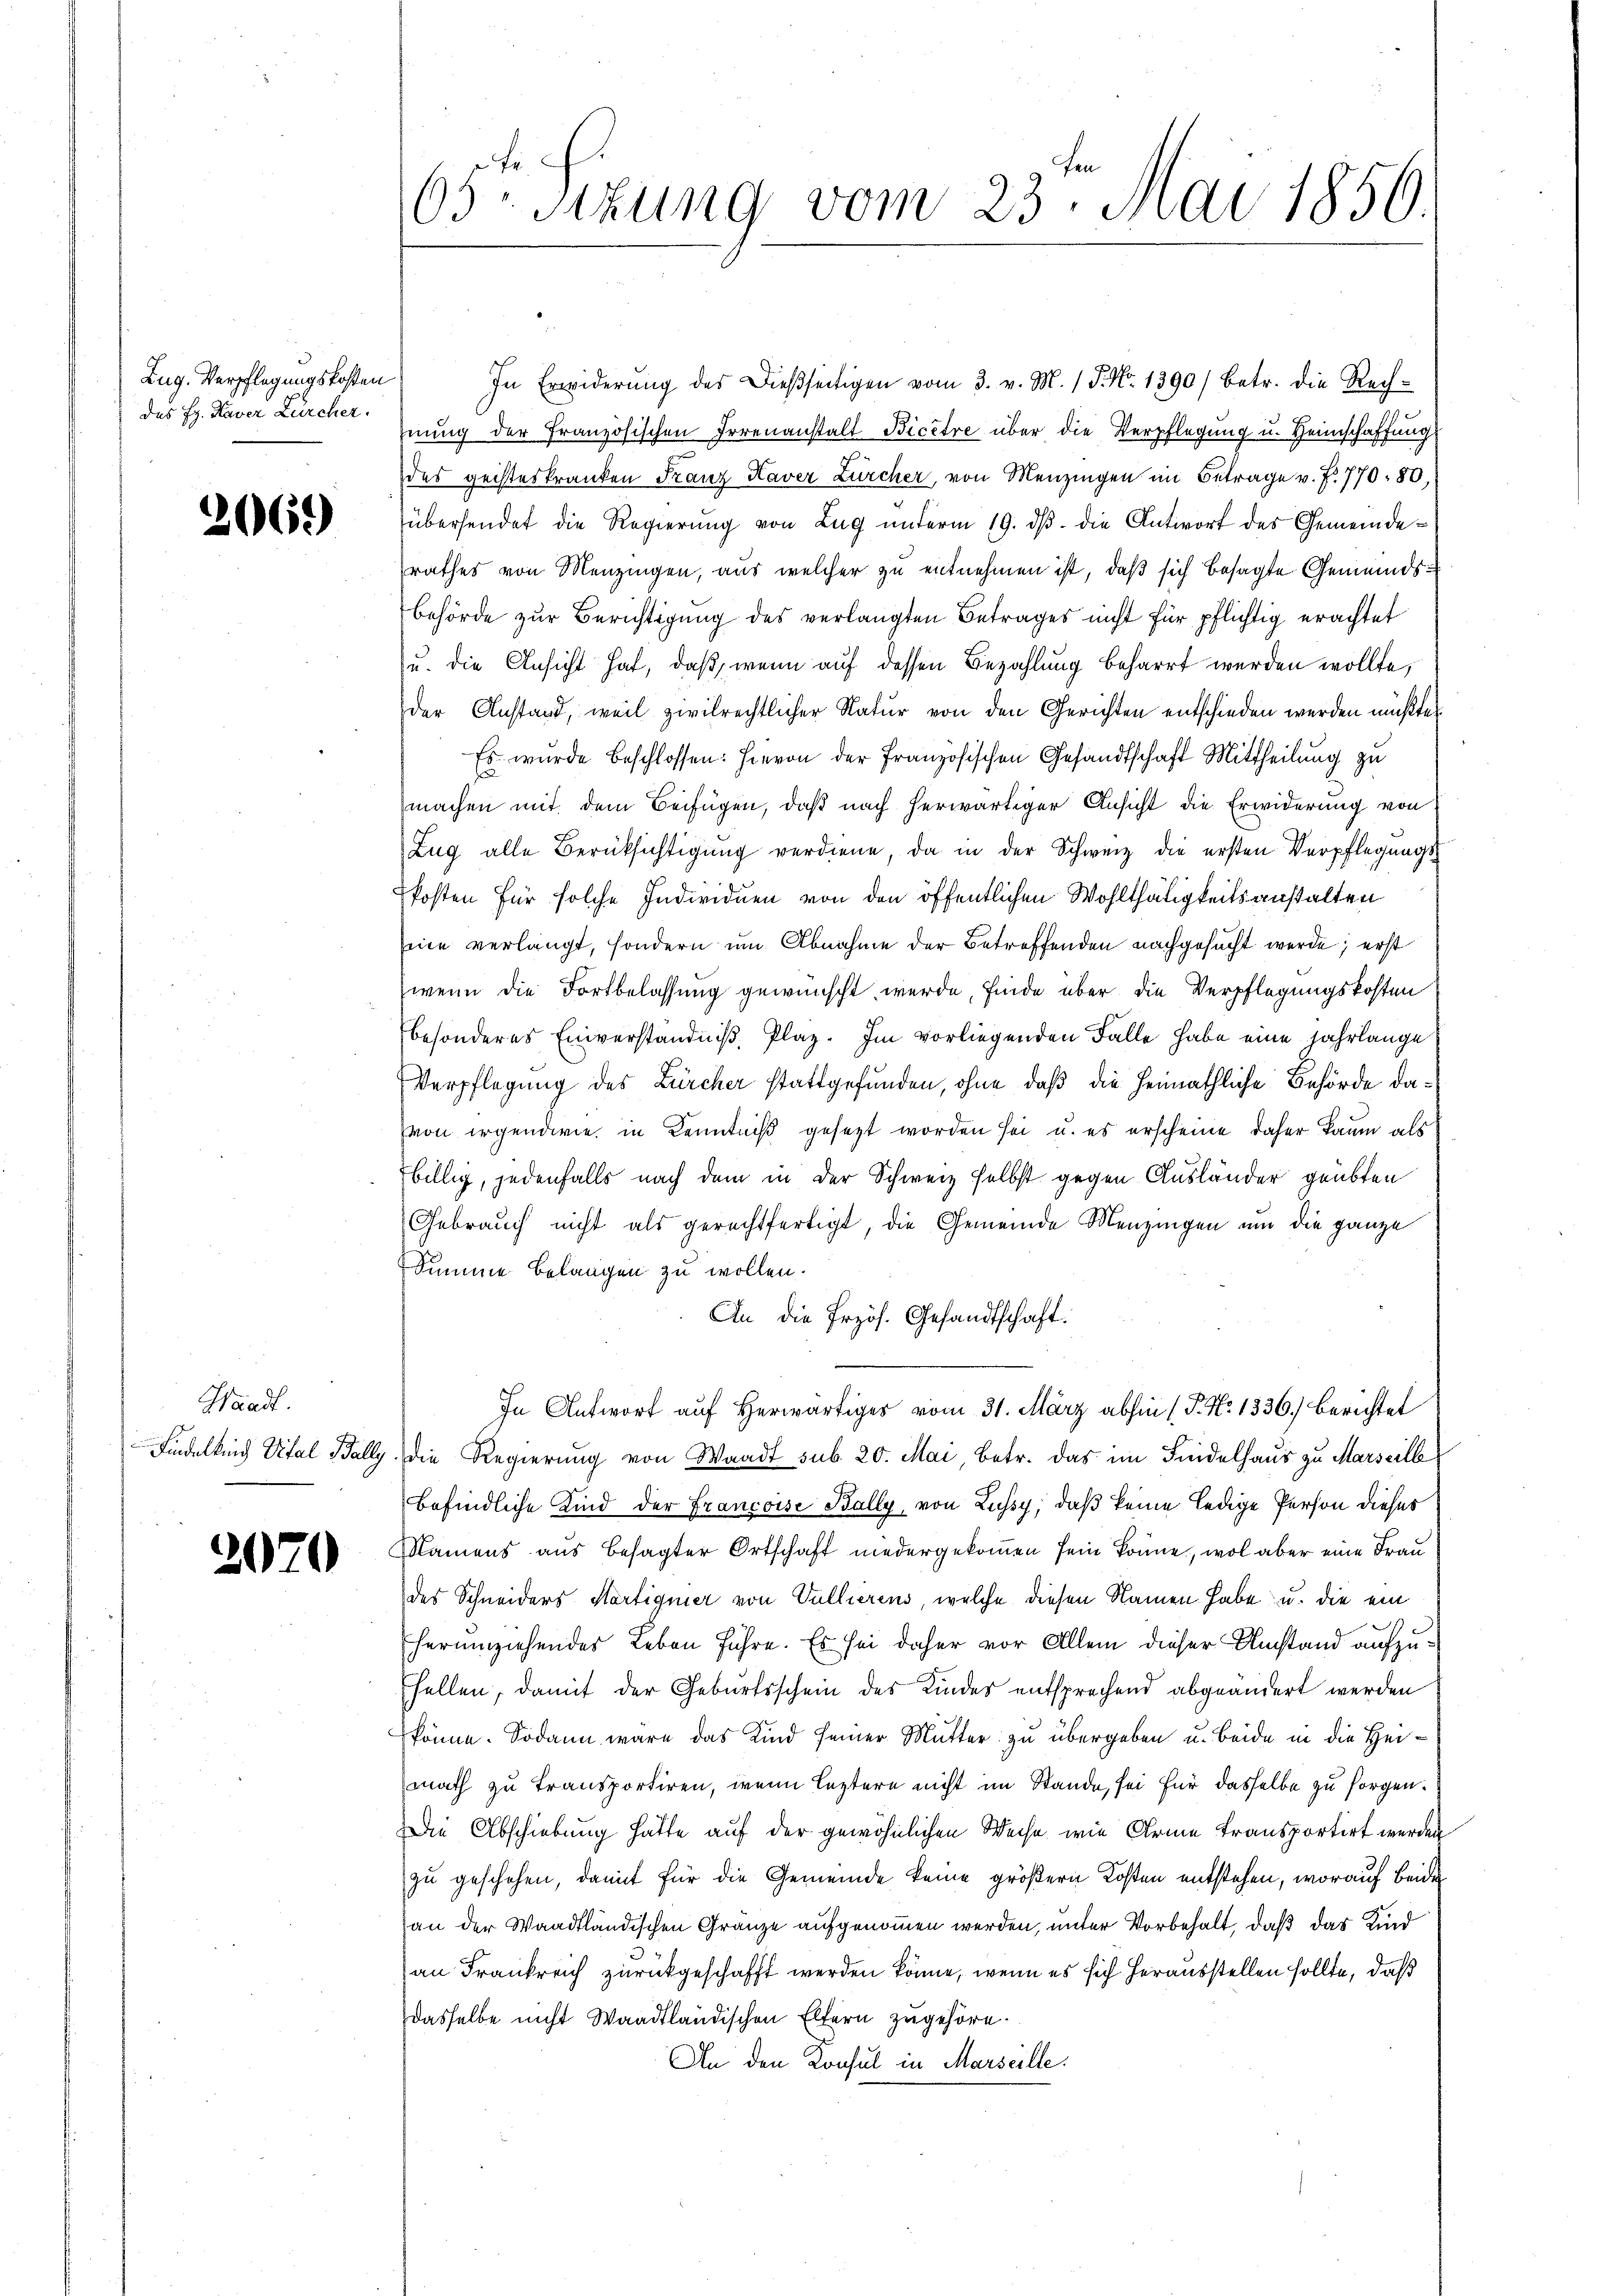
Zug. Verpflegungskosten
das Eg. Kaver Zürcher.

2069

Waadt.

2070

In Erwiderung des dießseitigen vom 3. v. M. / 5. No. 1390 / betr. die Rechhnung der Französischen Irrenanstalt Bicere über die Verpflegung u. Heimschaffung
des geisteskranken Franz Kaver Zürcher, von Menzingen im Betrage v. Fr. 770, 80,
übersendet die Regierung von Lug unterm 19. dβ. die Antwort des Gemeinderathes von Menzingen, aus welcher zu entnehmen ist, daß sich besagte Gemeindsbehörde zŭr Berichtigung des verlangten Betrages nicht für pflichtig erachtet
u. die Ansicht hat, daß, wenn auf dessen Bezahlung beharrt werden wollte,
der Anstand, weil zivilrechtlicher Natur von den Gerichten entschieden werden müßte.
Es wurde beschlossen: hievon der Französischen Gesandtschaft Mittheilung zu
machen mit dem Beifügen, daß nach herwärtiger Ansicht die Erwiderung von
Zug alle Berüksichtigung verdiene, da in der Schweiz die ersten Verpflegungskosten für solche Individuen von den öffentlichen Wohlthätigkeitsanstalten
ine verlangt, sondern um Abnahme der Betreffenden nachgesucht werde; erst
wenn die Fortbelassung gewünscht werde, finde über die Verpflegungskosten
besonderes Einverständniß, Plaz. Im vorliegenden Falle habe eine Jahrlange
Verpflegung des Zürcher stattgefunden, ohne daß die Heimathliche Behörde davon irgendwie in Kenntniß gesetzt worden sei u. es erscheine daher kaum als
billig, jedenfalls nach dem in der Schweiz selbst gegen Ausländer geübten
Gebrauch nicht als gerechtfertigt, die Gemeinde Menzingen um die ganze
Summe belangen zu wollen.
An die Przös. Gesandtschaft.
In Antwort auf Herwärtiges vom 31. März abhin 1 P. N. 1336) berichtet
Findelkind Vital Bally. Die Regierung von Waadt sub. 20. Mai, betr. das im Findelhaus zu Marseille
befindliche Kind der Francoise Bally, von Lussy, daß keine ledige Person dieses
Namens aus besagter Ortschaft niedergekommen sein könne, wol aber eine Frau
des Schneiders Martignier von Vullierens, welche diesen Namen habe u. die ein
herumziehendes Leben führe. Es sei daher vor Allem dieser Umstand aufzu¬
Efellen, damit der Geburtsschein des Kindes entsprechend abgeändert werden
könne. Sodann wäre das Kind seiner Mutter zu übergeben u. beide in die Heimath zu Transportiren, wenn leztere nicht im Stande, sei für dasselbe zu sorgen.
Die Abschiebung hatte auf der gewöhnlichen Weise wie Arme transportirt werden
zu geschehen, damit für die Gemeinde keine größern Kosten entstehen, worauf Beide
an der Waadtländischen Gränze aufgenommen werden, unter Vorbehalt, daß das Kind
an Frankreich zurückgeschafft werden könne, wenn es sich herausstellen sollte, daß
dasselbe nicht Waadtländischen Eltern zugehöre.
An den Konsul in Marseille.

65te Sitzung vom 23. Mai 1850.